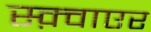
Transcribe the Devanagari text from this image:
स्क़्वाएर